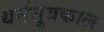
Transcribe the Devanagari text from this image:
धर्मसूत्रकाल